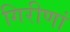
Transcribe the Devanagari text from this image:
गिरीणां